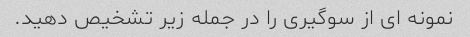
نمونه ای از سوگیری را در جمله زیر تشخیص دهید.